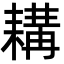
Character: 耩